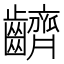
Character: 䶩